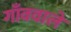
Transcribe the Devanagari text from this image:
गाँववाले